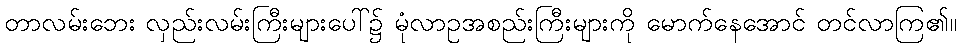
တာလမ်းဘေး လှည်းလမ်းကြီးများပေါ်၌ မုံလာဥအစည်းကြီးများကို မောက်နေအောင် တင်လာကြ၏။